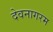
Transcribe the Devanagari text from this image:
देवनागरम